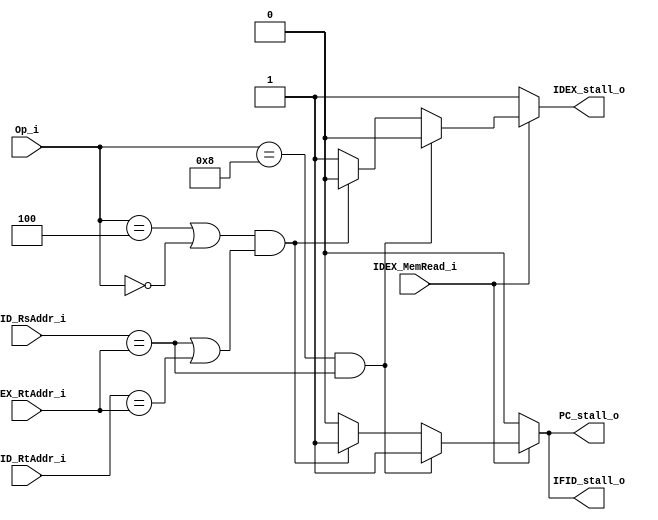
module Hazard_Detection_Unit(
  input       [5:0]   Op_i,
  input       [4:0]   IFID_RsAddr_i,
  input       [4:0]   IFID_RtAddr_i,
  input       [4:0]   IDEX_RtAddr_i,
  input               IDEX_MemRead_i,
  output reg          PC_stall_o,
  output reg          IFID_stall_o,
  output reg          IDEX_stall_o
);

initial begin
	PC_stall_o <= 0;
end
//combinational blocking
always @(*) begin
  PC_stall_o = 1'b0;
  IFID_stall_o = 1'b0;
  IDEX_stall_o = 1'b1;
  if (IDEX_MemRead_i) begin
  //addi
    if ((Op_i == 6'b001000) && (IFID_RsAddr_i == IDEX_RtAddr_i)) begin 
      PC_stall_o = 1'b1;
      IFID_stall_o = 1'b1;
      IDEX_stall_o = 1'b0;
    end
  //beq or Rtype
    else if (((Op_i == 6'b000100) || (Op_i == 6'b000000)) &&
            ((IFID_RsAddr_i == IDEX_RtAddr_i) || (IFID_RtAddr_i == IDEX_RtAddr_i))) begin
      PC_stall_o = 1'b1;
      IFID_stall_o = 1'b1;
      IDEX_stall_o = 1'b0;
    end
  end
end
endmodule